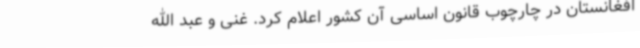
افغانستان در چارچوب قانون اساسی آن کشور اعلام کرد. غنی و عبد الله